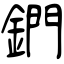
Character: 鍆